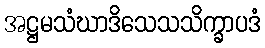
အဋ္ဌမသံဃာဒိသေသသိက္ခာပဒံ